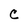
Character: C